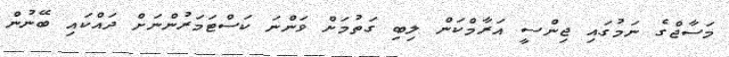
މަސާޖްގެ ނަމުގައި ޖިންސީ އަރާމްކަން ލިބި ގަތުމަށް ވަންނަ ކަސްޓަމަރުންނަށް ދައްކައި ބޭނުން